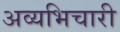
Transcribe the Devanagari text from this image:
अव्यभिचारी